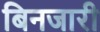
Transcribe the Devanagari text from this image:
बिनजारी